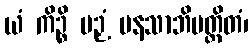
ယံ ကိဉ္စိ ပဉှံ မနသာဘိပတ္ထိတံ၊